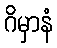
ဂိမှာနံ